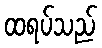
ထရပ်သည်